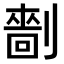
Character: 𠟩